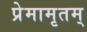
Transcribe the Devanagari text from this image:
प्रेमामृतम्